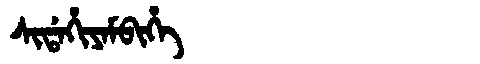
Manchu: ᠰᡳᡩᠠᡥᡳᠶᠠᠮᠪᡳᡥᡝ
Romanization: SIDAHIYAMBIHE